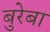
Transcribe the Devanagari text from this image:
बुरेबा